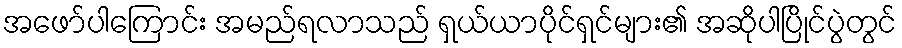
အဖော်ပါကြောင်း အမည်ရလာသည် ရှယ်ယာပိုင်ရှင်များ၏ အဆိုပါပြိုင်ပွဲတွင်